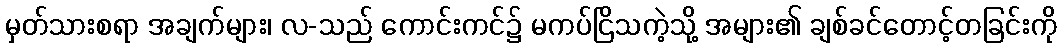
မှတ်သားစရာ အချက်များ၊ လ-သည် ကောင်းကင်၌ မကပ်ငြိသကဲ့သို့ အများ၏ ချစ်ခင်တောင့်တခြင်းကို